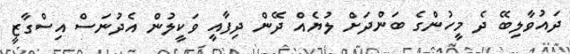
ދައުވާލިބޭ ދެ މީހުންގެ ބަންދަށް ލުޔެއް ދޭން ދިފާއީ ވަކީލުން އެދުނަސް އިސްގާޒީ